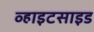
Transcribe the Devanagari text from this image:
व्हाइटसाइड